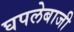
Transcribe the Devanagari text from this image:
घपलेबाजी